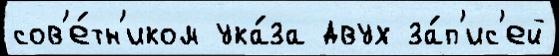
сов'е́тн'иком ука́за двух за́п'ис'ей